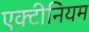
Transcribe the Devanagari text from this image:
एक्टीनियम